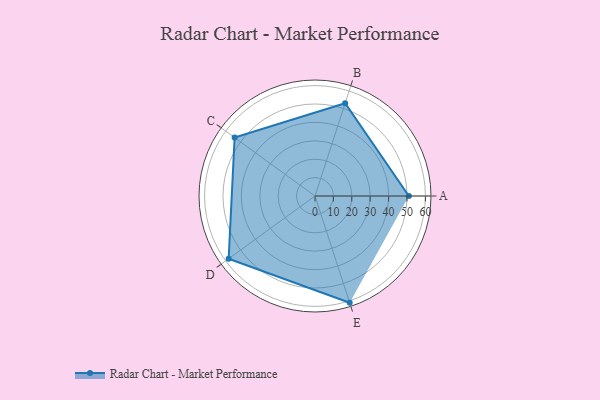
{"axis": {"x": "Skill", "y": "Score"}, "legend": ["Profile"], "data": [{"x": "A", "y": 51.0, "type": "Profile"}, {"x": "B", "y": 53.0, "type": "Profile"}, {"x": "C", "y": 54.0, "type": "Profile"}, {"x": "D", "y": 58.0, "type": "Profile"}, {"x": "E", "y": 61.0, "type": "Profile"}]}